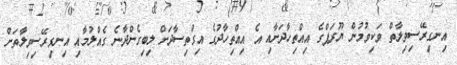
އިނގިރޭސިވިލާތް ވަކިވުމުން ޔޫރަޕްގެ އިއްތިހާދަށާއި އެ އިއްތިހާދުގެ އިގްތިސާދަށް ލިބިގެންދާނެ ގެއްލުމާއި އިނގިރޭސިވިލާތަށް